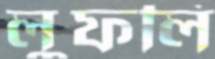
লুফলি